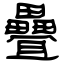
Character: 疊